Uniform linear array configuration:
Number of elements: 12
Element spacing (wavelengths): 0.25
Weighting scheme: blackman
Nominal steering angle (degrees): -45
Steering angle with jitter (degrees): -46.298
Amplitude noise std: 0.05
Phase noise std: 0.05

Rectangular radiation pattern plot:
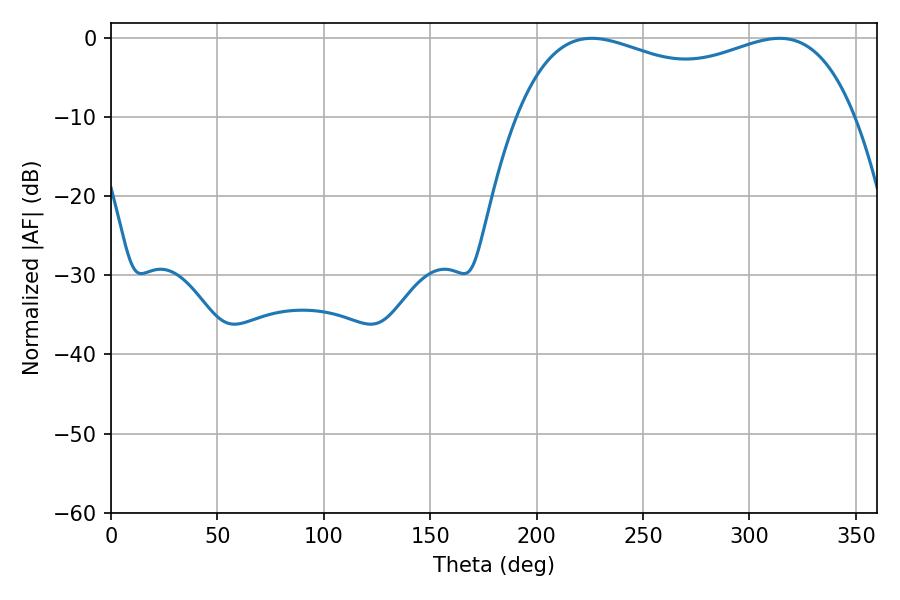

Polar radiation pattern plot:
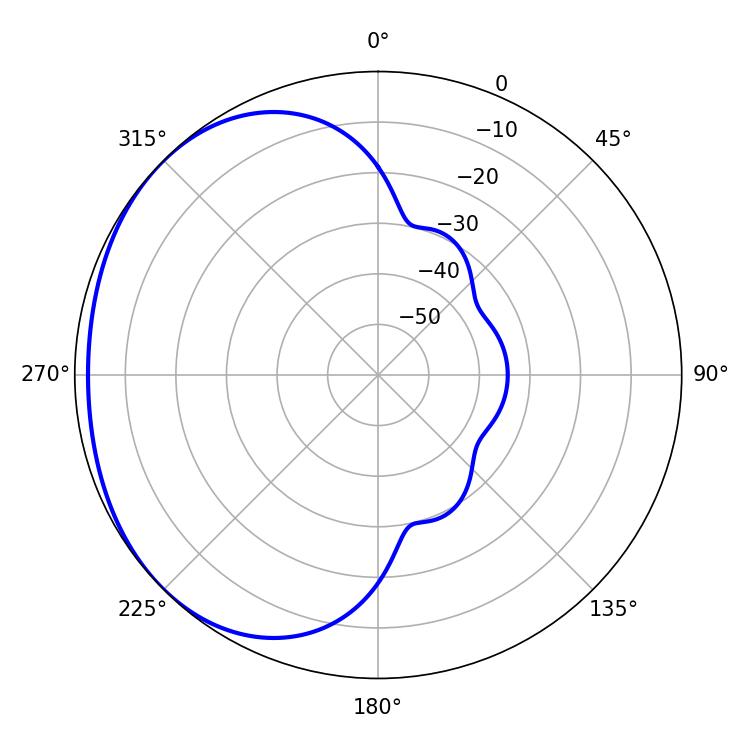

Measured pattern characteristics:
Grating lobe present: FALSE
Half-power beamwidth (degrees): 130.68
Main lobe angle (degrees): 225.9